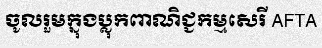
ចូលរួមក្នុងប្លុកពាណិជ្ជកម្មសេរី AFTA